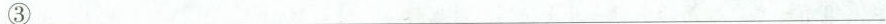
③___